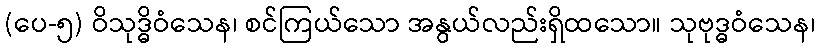
(ပေ-၅) ဝိသုဒ္ဓိဝံသေန၊ စင်ကြယ်သော အနွယ်လည်းရှိထသော။ သုဗုဒ္ဓဝံသေန၊